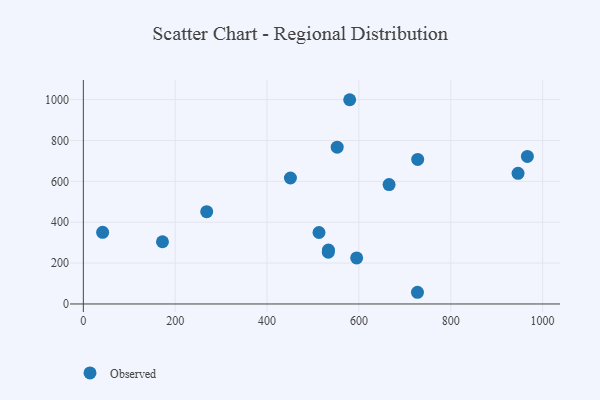
{"axis": {"x": "Study Hours", "y": "Sales"}, "legend": ["Observed"], "data": [{"x": "268.6", "y": 451.5, "type": "Observed"}, {"x": "966.8", "y": 722.0, "type": "Observed"}, {"x": "533.7", "y": 264.1, "type": "Observed"}, {"x": "450.9", "y": 616.3, "type": "Observed"}, {"x": "595.1", "y": 225.3, "type": "Observed"}, {"x": "946.5", "y": 639.0, "type": "Observed"}, {"x": "42.0", "y": 350.3, "type": "Observed"}, {"x": "533.4", "y": 253.4, "type": "Observed"}, {"x": "552.7", "y": 767.0, "type": "Observed"}, {"x": "728.0", "y": 707.3, "type": "Observed"}, {"x": "727.5", "y": 57.2, "type": "Observed"}, {"x": "513.1", "y": 349.6, "type": "Observed"}, {"x": "172.3", "y": 304.5, "type": "Observed"}, {"x": "579.9", "y": 999.3, "type": "Observed"}, {"x": "665.7", "y": 584.3, "type": "Observed"}]}